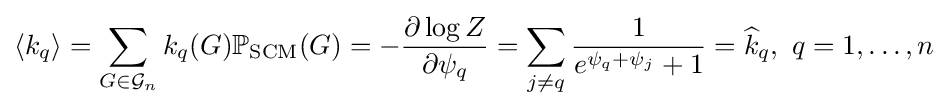
\langle k_{q}\rangle =\sum _{G\in {\mathcal {G}}_{n}}k_{q}(G)\mathbb {P} _{\text{SCM}}(G)=-{\frac {\partial \log Z}{\partial \psi _{q}}}=\sum _{j\neq q}{\frac {1}{e^{\psi _{q}+\psi _{j}}+1}}={\widehat {k}}_{q},\ q=1,\ldots ,n